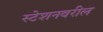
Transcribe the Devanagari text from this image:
स्टेशनवरील